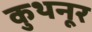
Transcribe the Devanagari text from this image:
कुथनूर